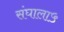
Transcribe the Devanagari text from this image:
संघाला५